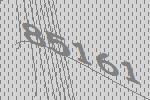
85161